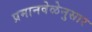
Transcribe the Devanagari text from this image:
प्रमानवेळेनुसार